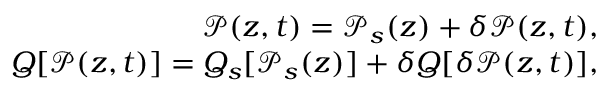
\begin{array} { r } { \mathcal { P } ( z , t ) = \mathcal { P } _ { s } ( z ) + \delta \mathcal { P } ( z , t ) , } \\ { Q [ \mathcal { P } ( z , t ) ] = Q _ { s } [ \mathcal { P } _ { s } ( z ) ] + \delta Q [ \delta \mathcal { P } ( z , t ) ] , } \end{array}